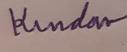
Signature authenticity: genuine